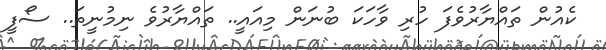
ކެއުން ތައްޔާރުވެފަ ހުރި ވާހަކަ ބުނަން މިއައީ.. ތައްޔާރުވެ ނިމުނީތަ.. ސޯފީ